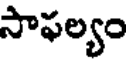
సాఫల్యం